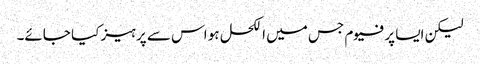
لیکن ایسا پرفیوم جس میں الکحل ہو اس سے پرہیز کیا جائے۔